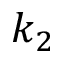
k _ { 2 }